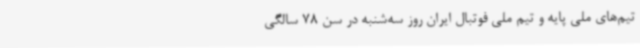
تیم‌های ملی پایه و تیم ملی فوتبال ایران روز سه‌شنبه در سن 78 سالگی